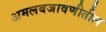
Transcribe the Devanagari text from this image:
अमलबजावणीतील